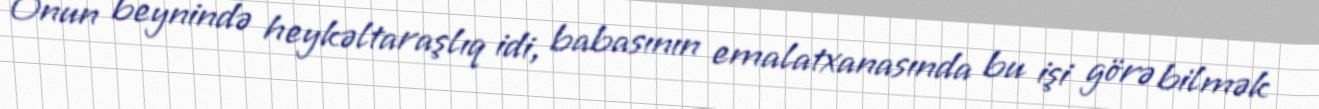
Onun beynində heykəltaraşlıq idi, babasının emalatxanasında bu işi görə bilmək